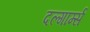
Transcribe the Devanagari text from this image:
दल्गार्म्स